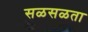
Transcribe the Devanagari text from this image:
सळसळता